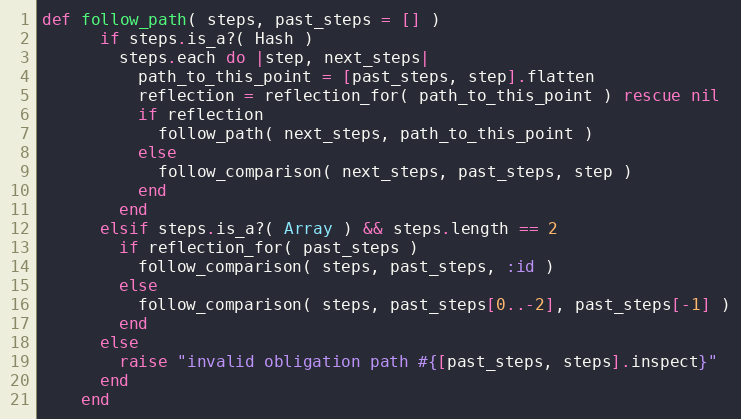
Language: Ruby
def follow_path( steps, past_steps = [] )
      if steps.is_a?( Hash )
        steps.each do |step, next_steps|
          path_to_this_point = [past_steps, step].flatten
          reflection = reflection_for( path_to_this_point ) rescue nil
          if reflection
            follow_path( next_steps, path_to_this_point )
          else
            follow_comparison( next_steps, past_steps, step )
          end
        end
      elsif steps.is_a?( Array ) && steps.length == 2
        if reflection_for( past_steps )
          follow_comparison( steps, past_steps, :id )
        else
          follow_comparison( steps, past_steps[0..-2], past_steps[-1] )
        end
      else
        raise "invalid obligation path #{[past_steps, steps].inspect}"
      end
    end